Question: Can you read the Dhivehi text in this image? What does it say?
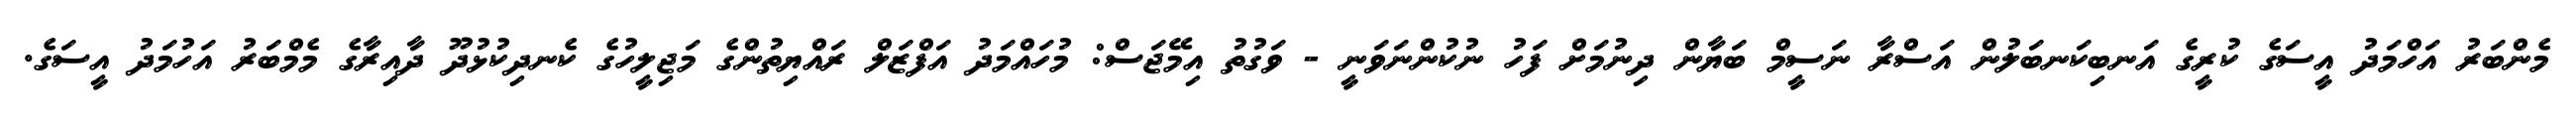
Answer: މެންބަރު އަހްމަދު އީސަގެ ކުރީގެ އަނބިކަނބަލުން އަސްރާ ނަސީމް ބަޔާން ދިނުމަށް ފަހު ނުކުންނަވަނީ - ވަގުތު އިމޭޖަސް: މުހައްމަދު އަފްޒަލް ރައްޔިތުންގެ މަޖިލީހުގެ ކެނދިކުޅުދޫ ދާއިރާގެ މެމްބަރު އަހުމަދު އީސަގެ.